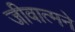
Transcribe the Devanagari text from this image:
जीवात्मने